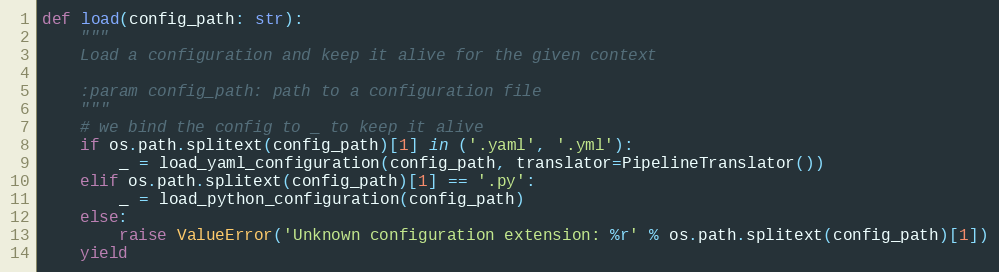
Language: Python
def load(config_path: str):
    """
    Load a configuration and keep it alive for the given context

    :param config_path: path to a configuration file
    """
    # we bind the config to _ to keep it alive
    if os.path.splitext(config_path)[1] in ('.yaml', '.yml'):
        _ = load_yaml_configuration(config_path, translator=PipelineTranslator())
    elif os.path.splitext(config_path)[1] == '.py':
        _ = load_python_configuration(config_path)
    else:
        raise ValueError('Unknown configuration extension: %r' % os.path.splitext(config_path)[1])
    yield